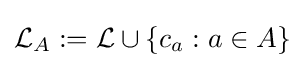
{\mathcal {L}}_{A}:={\mathcal {L}}\cup \{c_{a}:a\in A\}